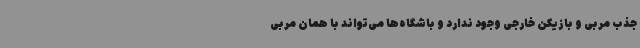
جذب مربی و بازیکن خارجی وجود ندارد و باشگاه‌ها می‌تواند با همان مربی